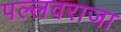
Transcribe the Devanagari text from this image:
पल्लवराजा